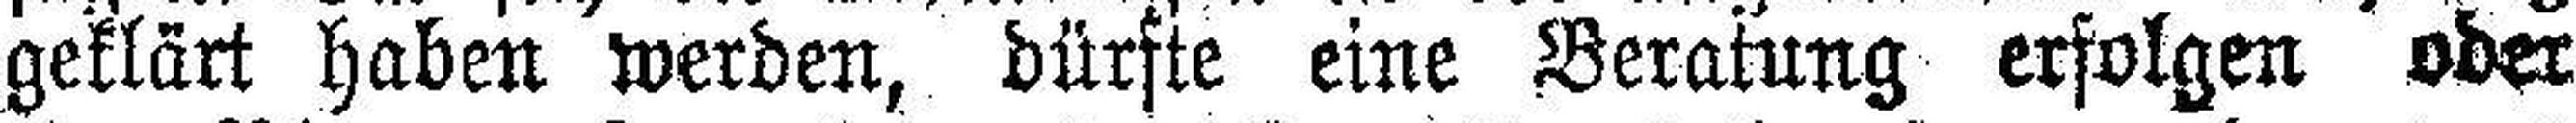
geklärt haben werden, dürfte eine Beratung erfolgen ober